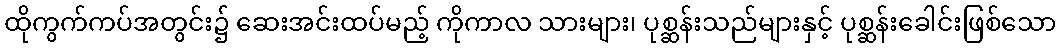
ထိုကွက်ကပ်အတွင်း၌ ဆေးအင်းထပ်မည့် ကိုကာလ သားများ၊ ပုစ္ဆန်းသည်များနှင့် ပုစ္ဆန်းခေါင်းဖြစ်သော